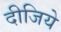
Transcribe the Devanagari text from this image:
दीजिये